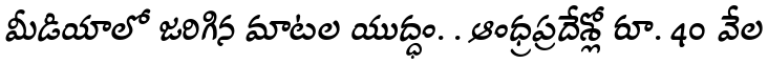
మీడియాలో జరిగిన మాటల యుద్ధం. . ఆంధ్రప్రదేశ్లో రూ. 40 వేల